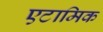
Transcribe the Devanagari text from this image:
एटामिक